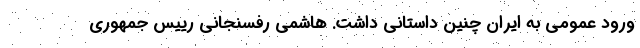
ورود عمومی به ایران چنین داستانی داشت. هاشمی رفسنجانی رییس جمهوری